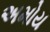
અમોય